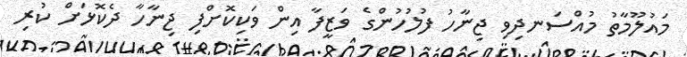
މައުލޫމާތު މުއްސަނދިވި ޖިނާހު ފުލުހުންގެ ވަޒީފާ އިން ވަކިކޮށްފި ޖިނާހާ ދެކޮޅަށް ކުރި